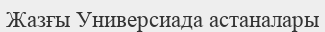
Жазғы Универсиада астаналары